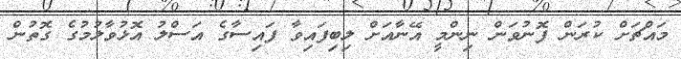
މައްޗަށް ކުރަން ފޮނުވަން ނިންމީ އޭނާއަށް ލިބިފައިވާ ފައިސާގެ އަސްލު އޮޅުވާލުމުގެ ގޮތުން